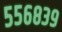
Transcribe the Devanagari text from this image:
५५६८३९